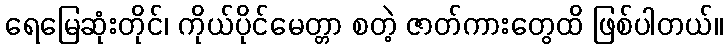
ရေမြေဆုံးတိုင်၊ ကိုယ်ပိုင်မေတ္တာ စတဲ့ ဇာတ်ကားတွေထိ ဖြစ်ပါတယ်။